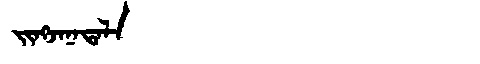
Manchu: ᠵᡳᠩᠵᠠᠨᠠᡨᠠᠯᠠ
Romanization: JINGJANATALA